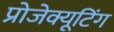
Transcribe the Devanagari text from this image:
प्रोजेक्यूटिंग